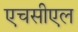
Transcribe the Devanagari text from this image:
एचसीएल